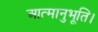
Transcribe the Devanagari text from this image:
आत्मानुभूति।